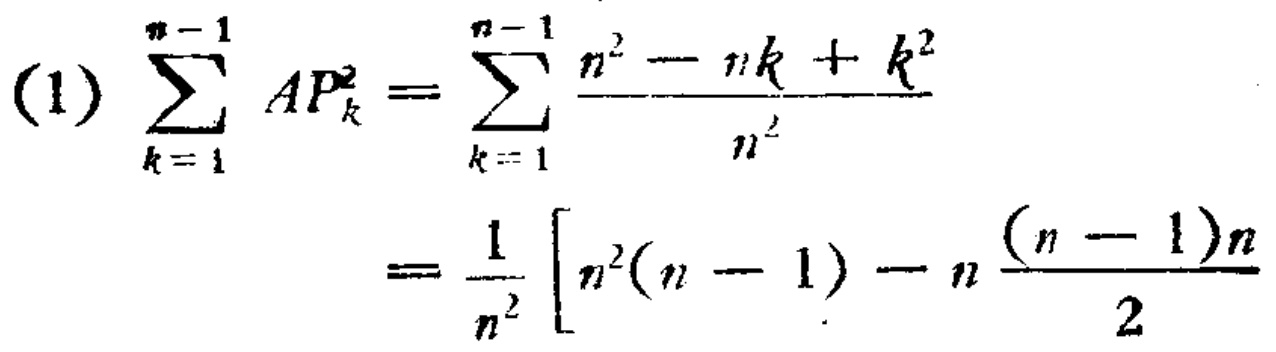
\[
\begin{align*}
(1)\sum_{k = 1}^{n - 1}AP_{k}^{2}&=\sum_{k = 1}^{n - 1}\frac{n^{2}-nk + k^{2}}{n^{2}}\\
&=\frac{1}{n^{2}}\left[n^{2}(n - 1)-n\frac{(n - 1)n}{2}\right]
\end{align*}
\]